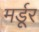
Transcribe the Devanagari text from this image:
मर्डूर